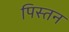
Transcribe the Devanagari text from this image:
पिस्तन